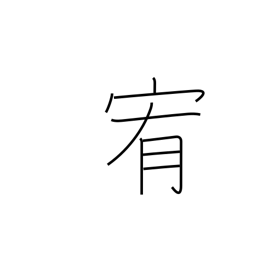
Meaning: pacify